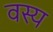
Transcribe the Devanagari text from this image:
वस्य